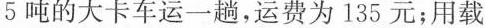
5吨的大卡车运一趟，运费为135元；用载